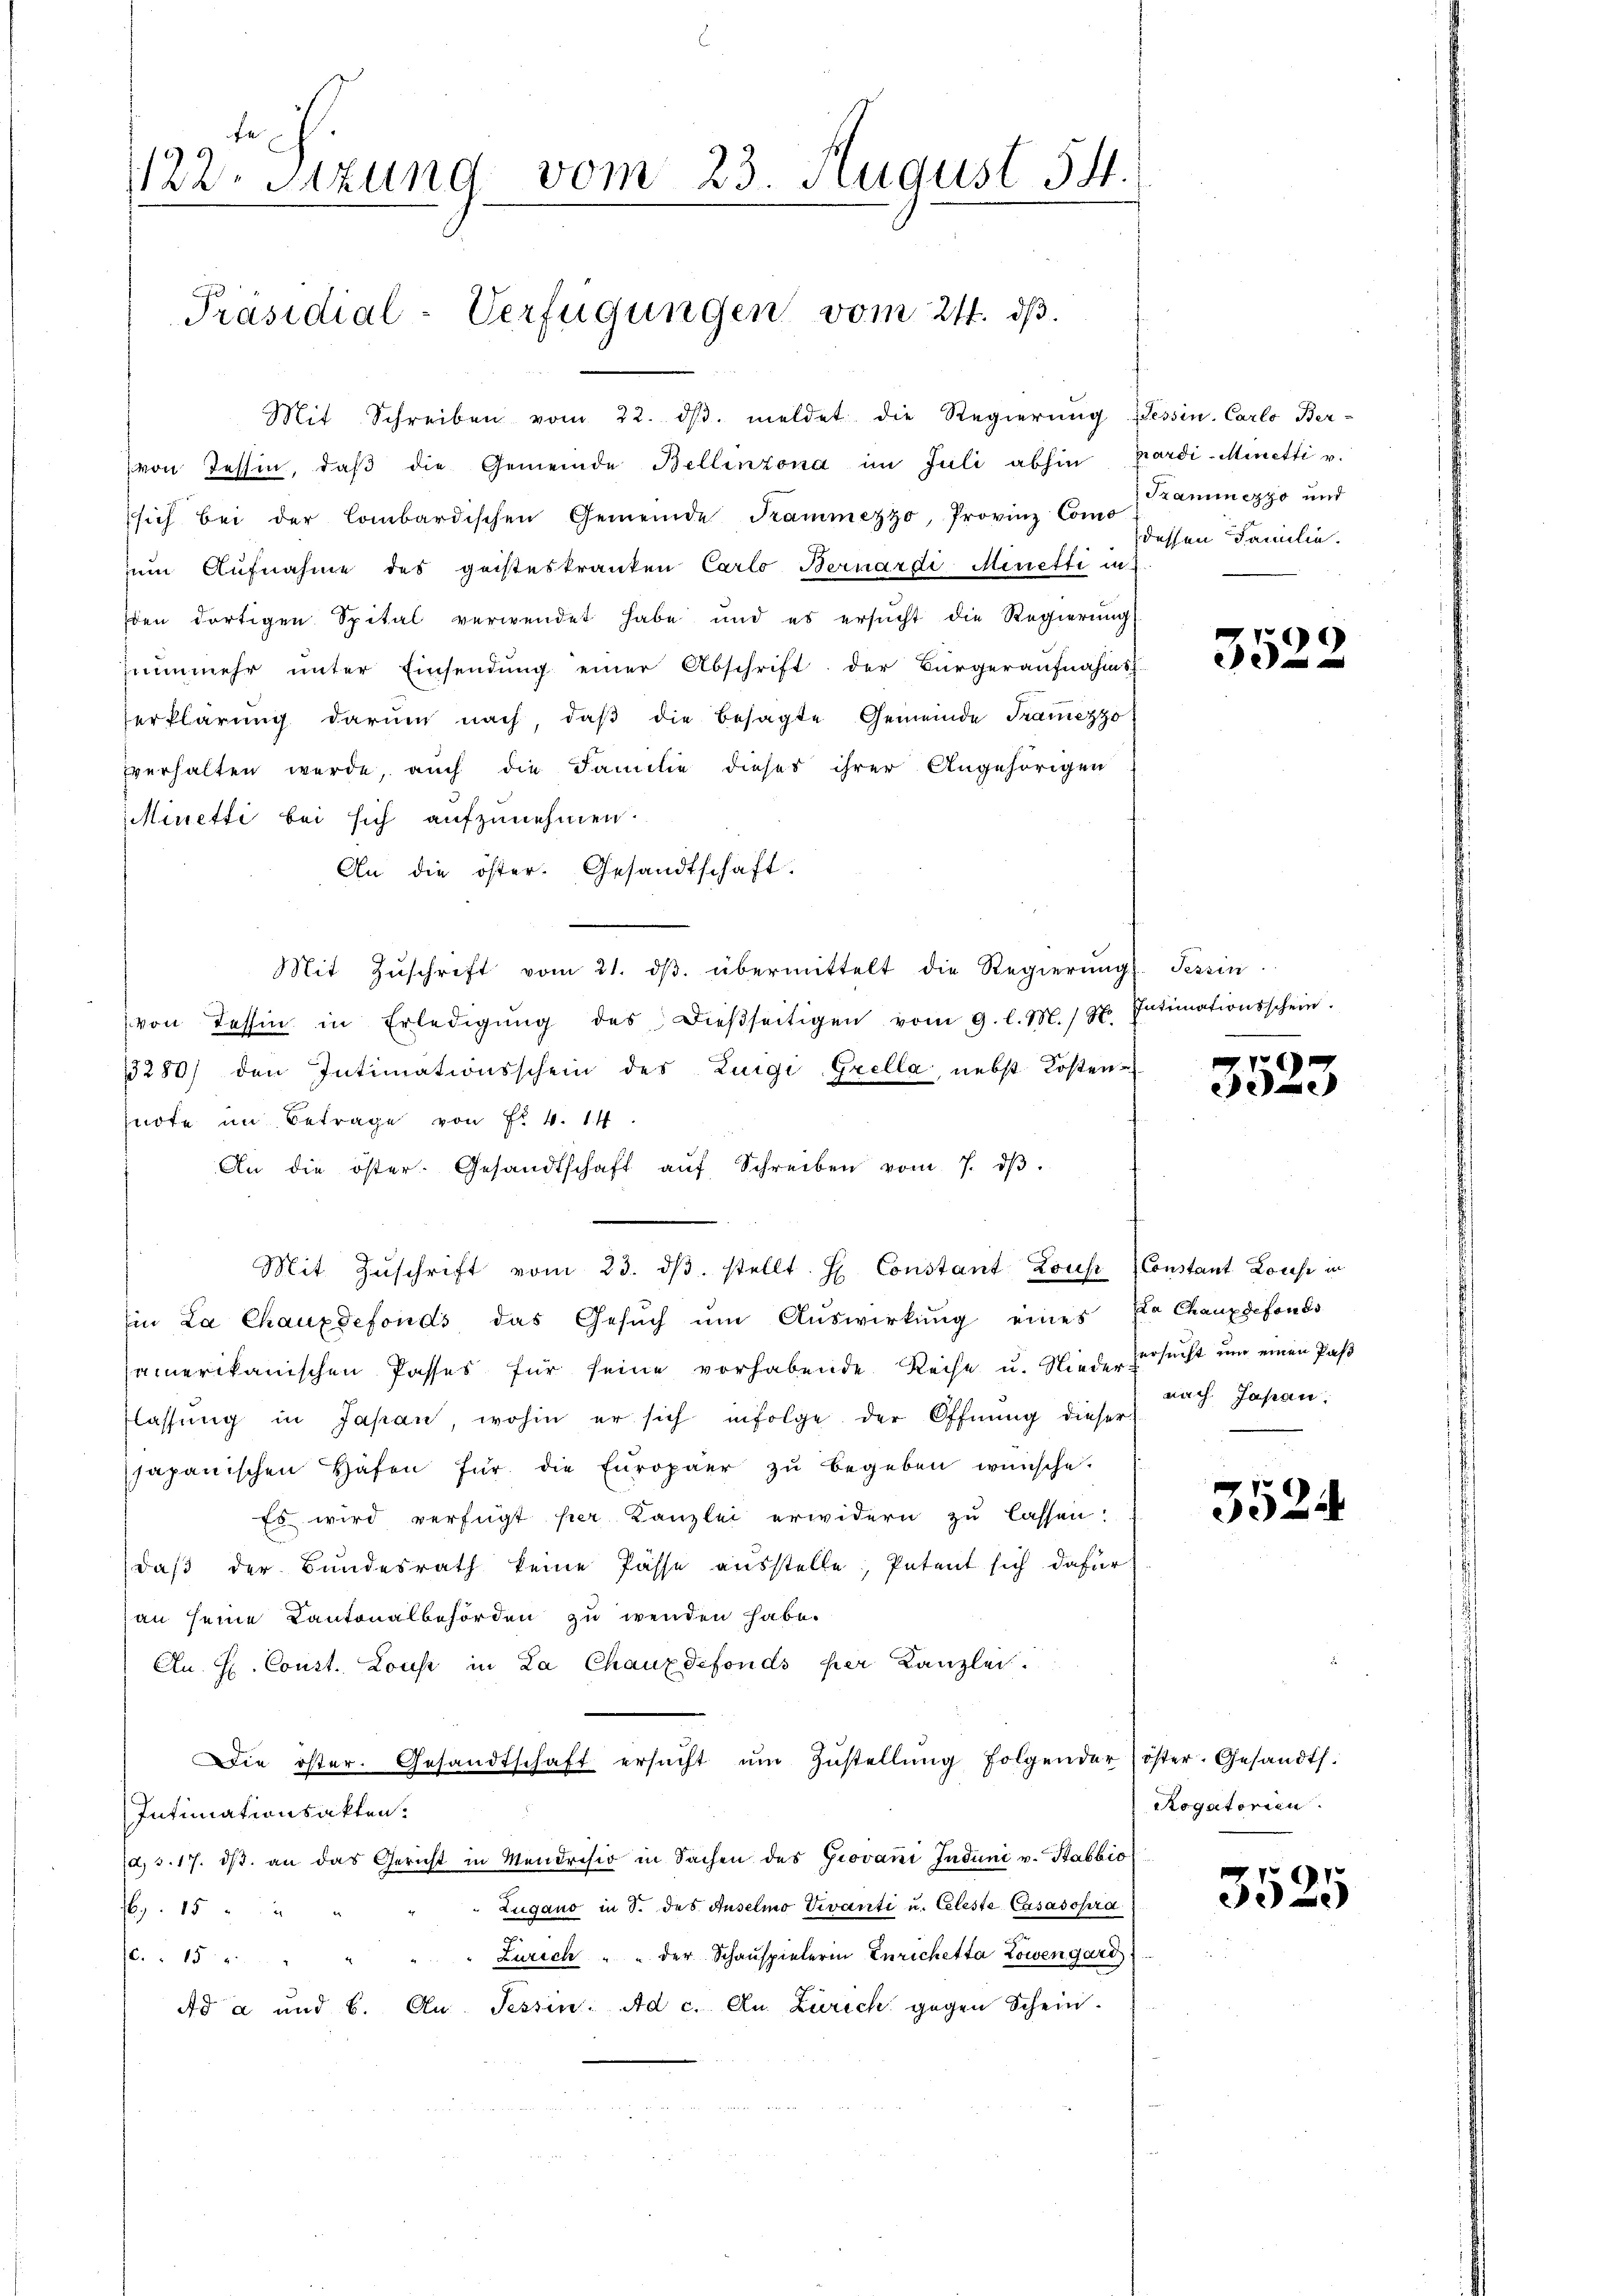
1122. Sitzung vom 23. August 54.

Präsidial-Verfügungen vom 24. dβ.

Mit Schreiben vom 22. dβ. meldet die Regierung Tessin, Carlo Ber-
(von Tessin, daβ die Gemeinde Bellinzona im Juli abhin wardi-Minetti v.
sich bei der Combardischen Gemeinde Kammezzo, Provinz Como
um Aufnahme des geisteskranken Carlo Bernardi Minetti in
den dortigen Spital verwendet habe und es ersŭcht die Regierŭng
znunmehr ŭnter Einsendŭng einer Abschrift der Bürgeraufnahms-
erklärung darum nach, daβ die besagte Gemeinde Tramezzo
vverhalten werde, auch die Familie dieses ihrer Angehörigen
Minetti bei sich aufzunehmen.
An die öster. Gesandtschaft.
Mit Zŭschrift vom 21. dβ übermittelt die Regierungs. Tessin
von Tessin in Erledigŭng des dieβseitigen vom 9. l. M. St. Intimationsschein.
13280) den Intimationsschein des Luigi-Grella, nebst Kosten
sirte im Betrage von Fr. 4. 14
An die öster. Gesandtschaft aŭf Schreiben vom 7. dβ.
Mit Zŭschrift vom 23. dβ. stellt. H. Constant Louse Constant Louse in
Ein La Chauxdefonds das Gesŭch ŭm Aŭswirkung eines Dia Chauxdefonds
samerikanischen Passes für seine vorhabende Reise u. Nieder Versucht um einen Pas
flassŭng in Japan wohin er sich infolge der Öffnung dieser
japanischen Hafen für die Europäer zŭ begeben wünsche.
Es wird verfügt hier Kanzlei erwidern zu lassen:
daβ der Bundesrath keine Pässe ausstelle, Petent sich dafür
an seine Cantonalbehörden zu wenden habe.
An H. Const. Lous in La Chauxdefonds per Kanzlei.
Die öster. Gesandtschaft ersŭcht ŭm Zŭstellŭng folgender öster. Gesandts.
Intimationsakten.
(d. d. 17. ds. an das Gericht in Mendrisio in Sachen des Giovani Induni v. Stabbio
Zugano in T. des Auselmo Divanti u. Celeste Casasopra
9 15
Zürich " " der Schauspielerin Zürichetta Zowengard
.15
Ad a und 6. An Tessin. Ad c. An Zürich gegen Schein

Trammezzo und
dessen Familie.

3522

3523

nach Japan

3524

Rogatorien.

3525